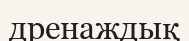
дренаждық